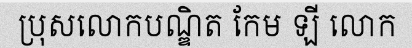
ប្រុសលោកបណ្ឌិត កែម ឡី លោក